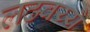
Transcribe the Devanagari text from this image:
लढवय्यै